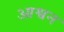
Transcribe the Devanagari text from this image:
आश्वन